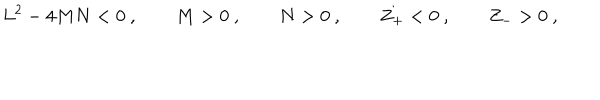
L ^ { 2 } - 4 M N < 0 \ , \qquad M > 0 \ , \qquad N > 0 \ , \qquad Z _ { + } < 0 \ , \qquad Z _ { - } > 0 \ ,